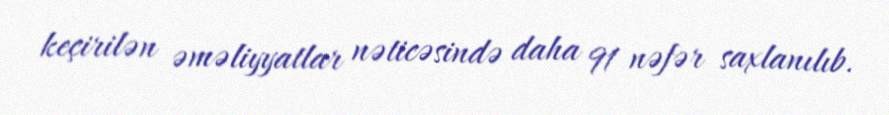
keçirilən əməliyyatlar nəticəsində daha 91 nəfər saxlanılıb.